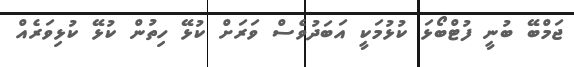
ޖަމްބޭ ބުނީ ފުޓްބޯޅަ ކުޅުމަކީ އަބަދުވެސް ވަރަށް ކުޅޭ ހިތުން ކުޅޭ ކުޅިވަރެއް